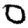
Digit: 0